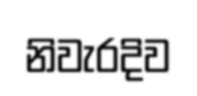
නිවැරදිව